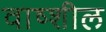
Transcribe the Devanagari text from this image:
वाष्शील